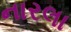
નારલા